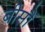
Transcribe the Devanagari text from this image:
बीसौं